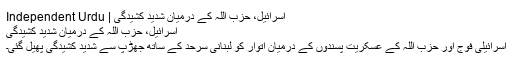
اسرائیل، حزب اللہ کے درمیان شدید کشیدگی | Independent Urdu
اسرائیل، حزب اللہ کے درمیان شدید کشیدگی
اسرائیلی فوج اور حزب اللہ کے عسکریت پسندوں کے درمیان اتوار کو لبنانی سرحد کے ساتھ جھڑپ سے شدید کشیدگی پھیل گئی۔